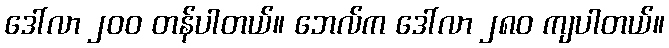
ဒေါ်လာ ၂၀၀ တန်ပါတယ်။ ဘေလ်က ဒေါ်လာ ၂၈၀ ကျပါတယ်။